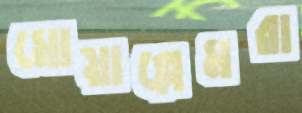
মোয়াল্লেমরা